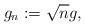
LaTeX: \begin{align*}g_n := \sqrt{n} g,\end{align*}